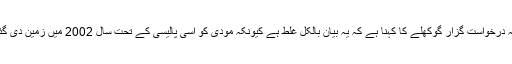
حالانکہ درخواست گزار گوکھلے کا کہنا ہے کہ یہ بیان بالکل غلط ہے کیونکہ مودی کو اسی پالیسی کے تحت سال 2002 میں زمین دی گئی تھی۔